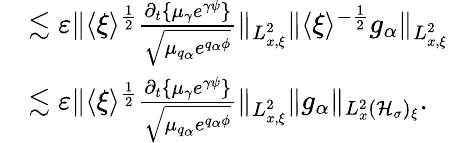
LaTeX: \begin{array}{rl}&{\lesssim\varepsilon\| \langle\xi\rangle^{\frac{1}{2}}\frac{\partial_{t}\{ \mu_{\gamma}e^{\gamma\psi}\} }{\sqrt{\mu_{q_{\alpha}}e^{q_{\alpha}\phi}}}\| _{L_{x,\xi}^{2}}\| \langle\xi\rangle^{-\frac{1}{2}}g_{\alpha}\| _{L_{x,\xi}^{2}}}\\ &{\lesssim\varepsilon\| \langle\xi\rangle^{\frac{1}{2}}\frac{\partial_{t}\{ \mu_{\gamma}e^{\gamma\psi}\} }{\sqrt{\mu_{q_{\alpha}}e^{q_{\alpha}\phi}}}\| _{L_{x,\xi}^{2}}\| g_{\alpha}\| _{L_{x}^{2}(\mathcal H_{\sigma})_{\xi}}.}\end{array}